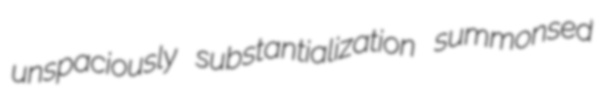
unspaciously substantialization summonsed